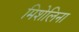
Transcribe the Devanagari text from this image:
मिशेलिना